Distribution and causation of leprosy in British India
Year: 1875
Disease focus: Leprosy
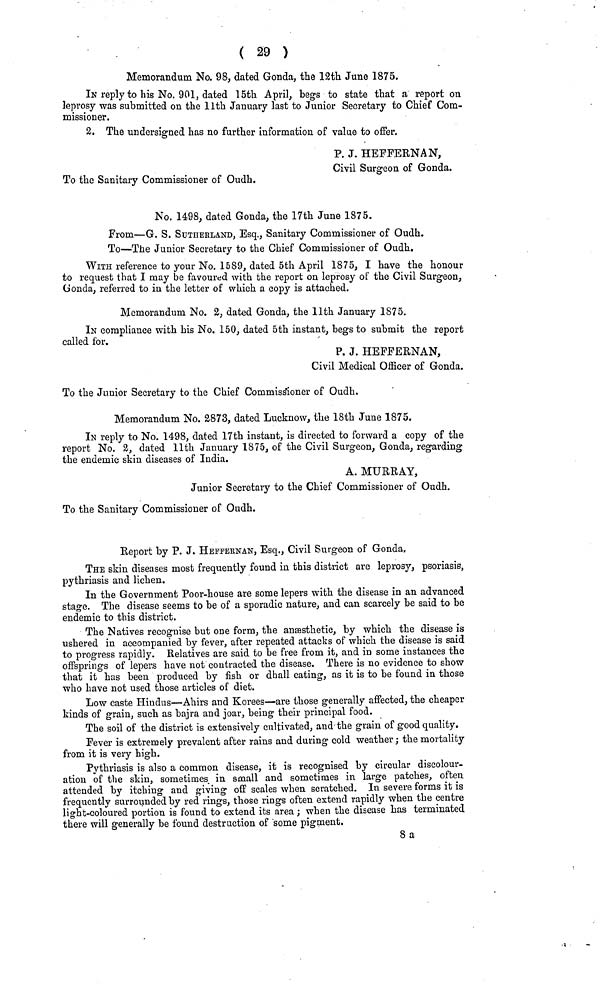
( 29 )
Memorandum No. 98, dated Gonda, the 12th June 1875.
IN reply to his No. 901, dated 15th April, hegs to state that a report on
leprosy was submitted on the llth January last to Junior Secretary to Chief Com-
missioner.
2. The undersigned has no further information of value to offer.
P. J. HEFFERNAN,
Civil Surgeon of Gonda.
To the Sanitary Commissioner of Oudh.
No. 1498, dated Gonda, the 17th June 1875.
From—G. S. SUTHERLAND, Esq., Sanitary Commissioner of Oudh.
To—The Junior Secretary to the Chief Commissioner of Oudh.
WITH reference to your No, 1589, dated 5th April 1875, I have the honour
to request that I may be favoured with the report on leprosy of the Civil Surgeon,
Gonda, referred to in the letter of which a copy is attached.
Memorandum No. 2, dated Gonda, the llth January 1875.
IN compliance with his No. 150, dated 5th instant, begs to submit the report
called for.
P. J. HEFFERNAN,
Civil Medical Officer of Gonda.
To the Junior Secretary to the Chief Commissioner of Oudh.
Memorandum No. 2873, dated Lucknow, the 18th June 1875.
IN reply to No. 1498, dated 17th instant, is directed to forward a copy of the
report No. 2, dated llth January 1875, of the Civil Surgeon, Gonda, regarding
the endemic skin diseases of India.
A. MURRAY,
Junior Secretary to the Chief Commissioner of Oudh.
To the Sanitary Commissioner of Oudh.
Report by P. J. HEFFERNAN, Esq., Civil Surgeon of Gonda,
THE skin diseases most frequently found in this district are leprosy, psoriasis,
pythriasis and lichen.
In the Government Poor-house are some lepers with the disease in an advanced
stage. The disease seems to be of a sporadic nature, and can scarcely be said to be
endemic to this district.
The Natives recognise but one form, the anæsthetic, by which the disease is
ushered in accompanied by fever, after repeated attacks of which the disease is said
to progress rapidly. Relatives are said to be free from it, and in some instances the
offsprings of lepers have not contracted the disease. There is no evidence to show
that it has been produced by fish or dhall eating, as it is to be found in those
who have not used those articles of diet.
Low caste Hindus—Ahirs and Korees—are those generally affected, the cheaper
kinds of grain, such as bajra and joar, being their principal food.
The soil of the district is extensively cultivated, and the grain of good quality.
Fever is extremely prevalent after rains and during cold weather; the mortality
from it is very high.
Pythriasis is also a common disease, it is recognised by circular discolour-
ation of the skin, sometimes in small and sometimes in large patches, often
attended by itching and giving off scales when scratched. In severe forms it is
frequently surrounded by red rings, those rings often extend rapidly when the centre
light-coloured portion is found to extend its area ; when the disease has terminated
there will generally be found destruction of some pigment.
8 a